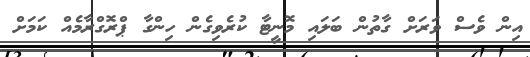
އިން ވެސް ވަރަށް ގާތުން ބަލައި މޮނީޓާ ކުރެވިގެން ހިންގާ ޕްރޮގްރާމެއް ކަމަށް